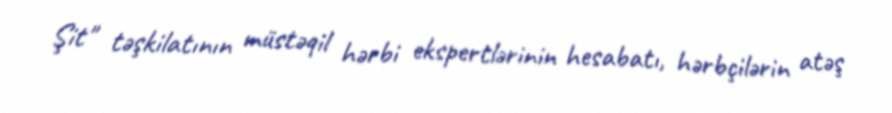
Şit" təşkilatının müstəqil hərbi ekspertlərinin hesabatı, hərbçilərin atəş